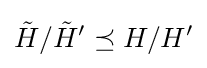
{\tilde {H}}/{\tilde {H}}'\preceq H/H'